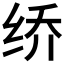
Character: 𰬐